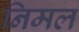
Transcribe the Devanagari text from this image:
निमल